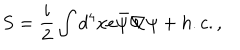
S = \frac { i } { 2 } \int d ^ { 4 } x e { \bar { \psi } } { \not \! \nabla } \psi + h . c . ,